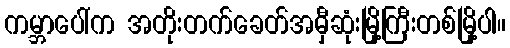
ကမ္ဘာပေါ်က အတိုးတက်ခေတ်အမှီဆုံးမြို့ကြီးတစ်မြို့ပါ။